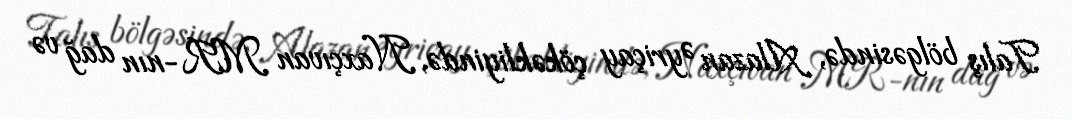
Talış bölgəsində, Alazan Əyriçay çökəkliyində, Naxçıvan MR-nın dağ və